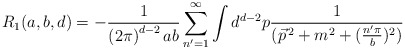
\begin{align*}R_{1}(a,b,d)=-\frac{1}{\left( 2\pi \right) ^{d-2}ab}\sum_{n^{\prime }=1}^{\infty }\int d^{d-2}p\frac{1}{(\vec{p}^{\,2}+m^{2}+(\frac{n^{\prime }\pi}{b})^{2})}\end{align*}